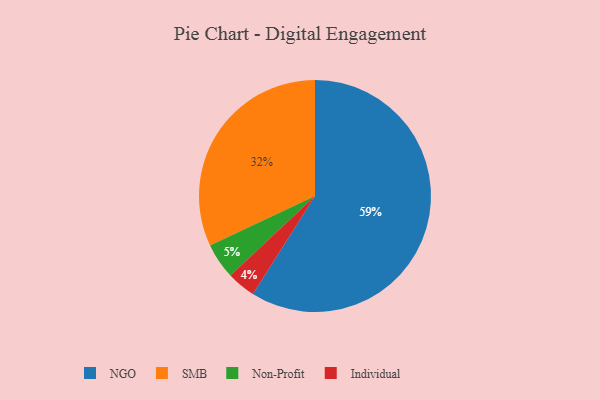
{"axis": {"x": "Category", "y": "Percentage"}, "legend": ["Individual", "NGO", "Non-Profit", "SMB"], "data": [{"x": "SMB", "y": 32, "type": "SMB"}, {"x": "Individual", "y": 4, "type": "Individual"}, {"x": "Non-Profit", "y": 5, "type": "Non-Profit"}, {"x": "NGO", "y": 59, "type": "NGO"}]}